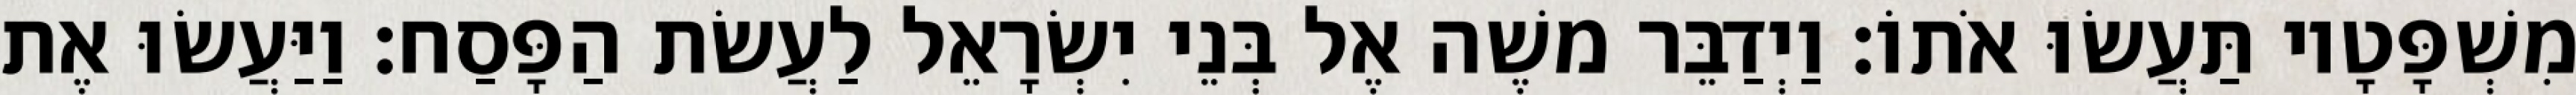
מִשְׁפָּטָיו תַּעֲשׂוּ אֹתוֹ׃ וַיְדַבֵּר משֶׁה אֶל בְּנֵי יִשְׂרָאֵל לַעֲשׂת הַפָּסַח׃ וַיַּעֲשׂוּ אֶת